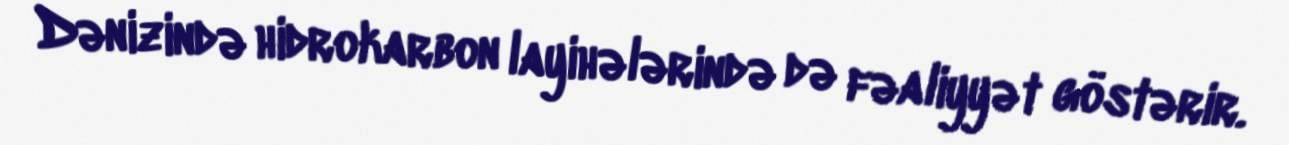
Dənizində hidrokarbon layihələrində də fəaliyyət göstərir.